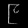
Digit: ၉